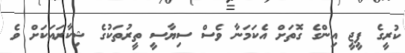
ކުރީގެ ޕީޖީ އިންގެ ގޮތަށް އެކަމަނާ ވެސް ސިޔާސީ ތީރުތަކުގެ ޝިކާރައަކަށް ވެ